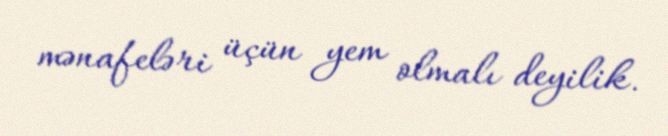
mənafeləri üçün yem olmalı deyilik.